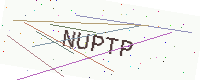
Text: NUPTP